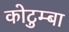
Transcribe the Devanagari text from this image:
कोटुम्बा